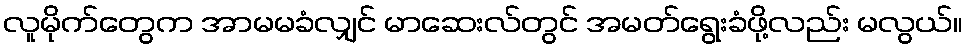
လူမိုက်တွေက အာမမခံလျှင် မာဆေးလ်တွင် အမတ်ရွေးခံဖို့လည်း မလွယ်။